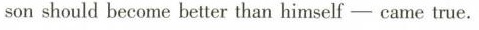
son should become better than himself -esme true.